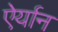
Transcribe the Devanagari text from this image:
ऐर्यान